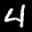
Label: 4